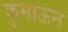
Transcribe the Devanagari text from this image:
कुमाऊन